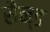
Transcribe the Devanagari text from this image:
सैन्ड